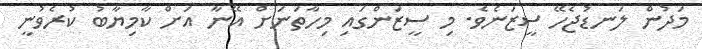
މަދުން ލަނޑުޖެހޭ ސީޒަނެވެ. މި ސީޒަންގައި މިހާތަނަށް އޭނާ އަށް ކާމިޔާބު ކުރެވުނީ